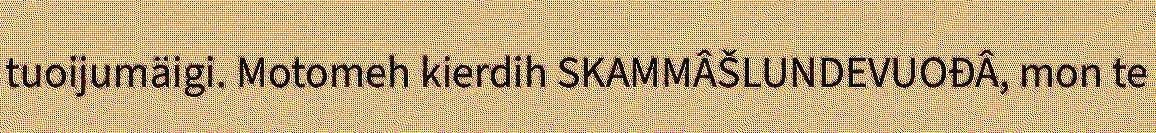
tuoijumäigi. Motomeh kierdih SKAMMÂŠLUNDEVUOĐÂ, mon te